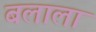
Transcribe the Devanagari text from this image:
बलाला